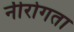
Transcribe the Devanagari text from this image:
नीरोगता